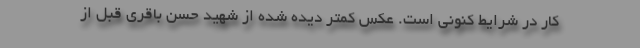
کار در شرایط کنونی است. عکس کمتر دیده شده از شهید حسن باقری قبل از